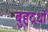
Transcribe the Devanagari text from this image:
बुहद्रथों